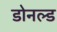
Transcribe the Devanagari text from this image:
डोनल्‍ड